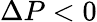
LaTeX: \Delta P<0